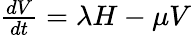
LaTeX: \begin{array}{r}{\frac{dV}{dt}=\lambda H-\mu V}\end{array}